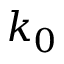
k _ { 0 }